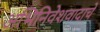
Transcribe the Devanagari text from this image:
अभिनिवेशवादाचे